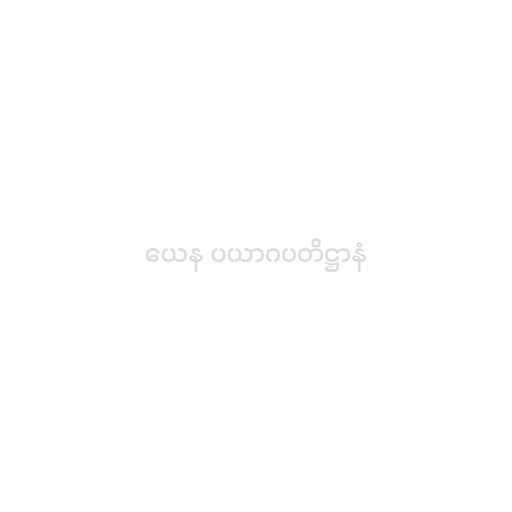
ယေန ပယာဂပတိဋ္ဌာနံ